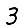
Digit: 3